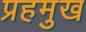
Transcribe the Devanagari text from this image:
प्रहमुख